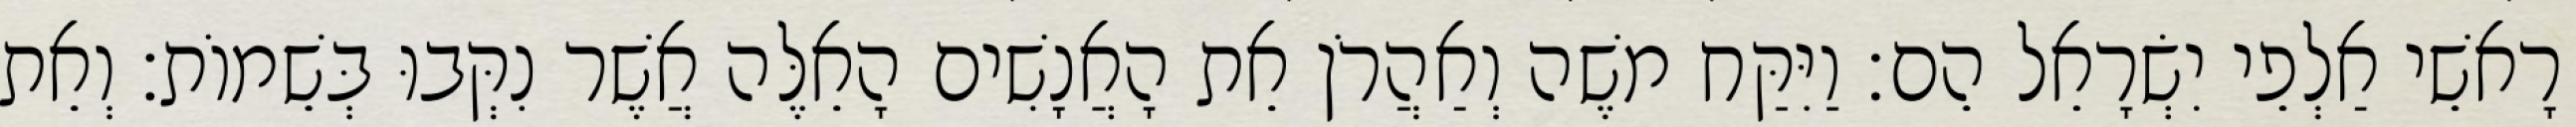
רָאשֵׁי אַלְפֵי יִשְׂרָאֵל הֵם׃ וַיִּקַּח משֶׁה וְאַהֲרֹן אֵת הָאֲנָשִׁים הָאֵלֶּה אֲשֶׁר נִקְּבוּ בְּשֵׁמוֹת׃ וְאֵת